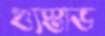
গ্যুস্তাভ